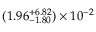
( 1 . 9 6 _ { - 1 . 8 0 } ^ { + 6 . 8 2 } ) \times 1 0 ^ { - 2 }